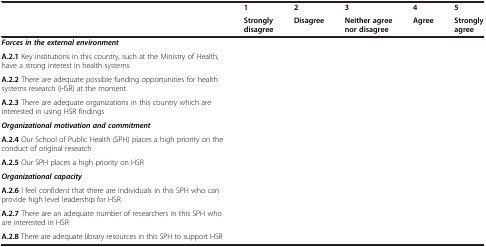
<table><thead><tr><td><b> </b></td><td><b>1</b></td><td><b>2</b></td><td><b>3</b></td><td><b>4</b></td><td><b>5</b></td></tr><tr><td><b> </b></td><td><b>Strongly disagree</b></td><td><b>Disagree</b></td><td><b>Neither agree nor disagree</b></td><td><b>Agree</b></td><td><b>Strongly agree</b></td></tr></thead><tbody><tr><td colspan="6"><b><i>Forces in the external environment</i></b></td></tr><tr><td><b>A.2.1</b> Key institutions in this country, such at the Ministry of Health, have a strong interest in health systems</td><td> </td><td> </td><td> </td><td> </td><td> </td></tr><tr><td><b>A.2.2</b> There are adequate possible funding opportunities for health systems research (HSR) at the moment</td><td> </td><td> </td><td> </td><td> </td><td> </td></tr><tr><td><b>A.2.3</b> There are adequate organizations in this country which are interested in using HSR findings</td><td> </td><td> </td><td> </td><td> </td><td> </td></tr><tr><td colspan="6"><b><i>Organizational motivation and commitment</i></b></td></tr><tr><td><b>A.2.4</b> Our School of Public Health (SPH) places a high priority on the conduct of original research</td><td> </td><td> </td><td> </td><td> </td><td> </td></tr><tr><td><b>A.2.5</b> Our SPH places a high priority on HSR</td><td> </td><td> </td><td> </td><td> </td><td> </td></tr><tr><td colspan="6"><b><i>Organizational capacity</i></b></td></tr><tr><td><b>A.2.6</b> I feel confident that there are individuals in this SPH who can provide high level leadership for HSR</td><td> </td><td> </td><td> </td><td> </td><td> </td></tr><tr><td><b>A.2.7</b> There are an adequate number of researchers in this SPH who are interested in HSR</td><td> </td><td> </td><td> </td><td> </td><td> </td></tr><tr><td><b>A.2.8</b> There are adequate library resources in this SPH to support HSR</td><td> </td><td> </td><td> </td><td> </td><td> </td></tr></tbody></table>